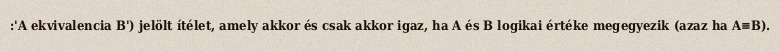
:'A ekvivalencia B') jelölt ítélet, amely akkor és csak akkor igaz, ha A és B logikai értéke megegyezik (azaz ha A≡B).